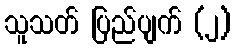
သူသတ် ပြည်ပျက် (၂)